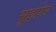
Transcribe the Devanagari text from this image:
सूझोउ